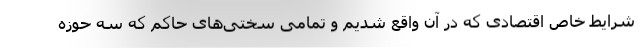
شرایط خاص اقتصادی که در آن واقع شدیم و تمامی سختی‌های حاکم که سه حوزه